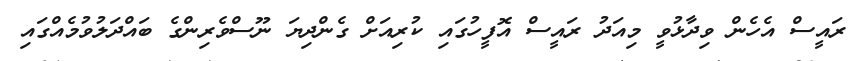
ރައީސް އެހެން ވިދާޅުވީ މިއަދު ރައީސް އޮފީހުގައި ކުރިއަށް ގެންދިޔަ ނޫސްވެރިންގެ ބައްދަލުވުމެއްގައި